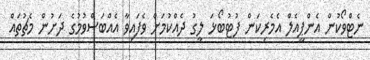
ނެޓްވޯކުން އެންޕީއެލް އެމެރިކަން ފުޓުބޯޅަ ލީގު ދެއްކުމަށް ވެފައިވާ އެއްބަސްވުމުގެ ދަށުން މެޗުތައް